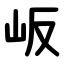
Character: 岅